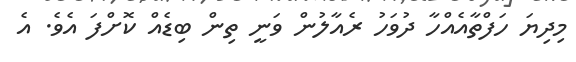
މިދިޔަ ހަފްތާއެއްހާ ދުވަހު ރެއާލުން ވަނީ ތިން ބިޑެއް ކޮށްފަ އެވެ. އެ